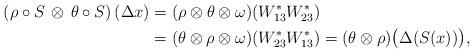
LaTeX: \begin{align*}\left(\rho\circ S\,\otimes\,\theta\circ S\right)(\Delta x)&=(\rho\otimes\theta\otimes\omega)(W_{13}^*W_{23}^*) \\&=(\theta\otimes\rho\otimes\omega)(W_{23}^*W_{13}^*) =(\theta\otimes\rho)\bigl(\Delta(S(x))\bigr),\end{align*}